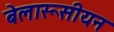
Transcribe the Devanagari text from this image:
बेलारूसीयन